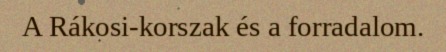
A Rákosi-korszak és a forradalom.